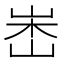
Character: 𡷼